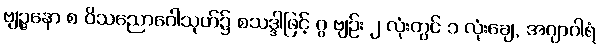
ဗျဉ္ဇနော စ ဝိသညောဂေါသုတ်၌ စသဒ္ဒါဖြင့် ဂ္ဂ ဗျဉ်း ၂ လုံးတွင် ၁ လုံးချေ, အဂျာဂါရံ